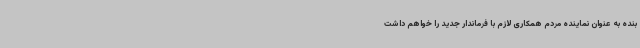
بنده به عنوان نماینده مردم همکاری لازم با فرماندار جدید را خواهم داشت